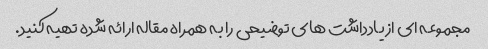
مجموعه ای از یادداشت های توضیحی را به همراه مقاله ارائه شده تهیه کنید.